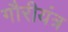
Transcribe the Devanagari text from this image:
गौरीयंत्र